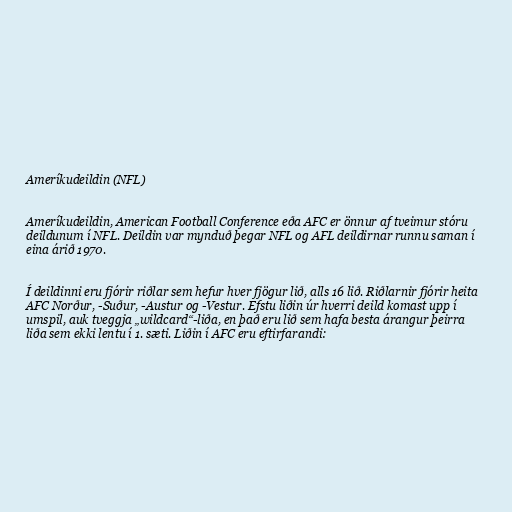
Ameríkudeildin (NFL)

Ameríkudeildin, American Football Conference eða AFC er önnur af tveimur stóru
deildunum í NFL. Deildin var mynduð þegar NFL og AFL deildirnar runnu saman í
eina árið 1970.

Í deildinni eru fjórir riðlar sem hefur hver fjögur lið, alls 16 lið. Riðlarnir fjórir heita
AFC Norður, -Suður, -Austur og -Vestur. Efstu liðin úr hverri deild komast upp í
umspil, auk tveggja „wildcard“-liða, en það eru lið sem hafa besta árangur þeirra
liða sem ekki lentu í 1. sæti. Liðin í AFC eru eftirfarandi: